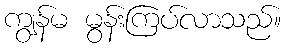
ကျွန်မ မွန်းကြပ်လာသည်။